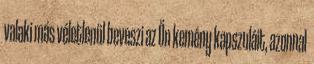
valaki más véletlenül beveszi az Ön kemény kapszuláit, azonnal